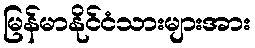
မြန်မာနိုင်ငံသားများအား